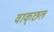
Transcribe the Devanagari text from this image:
वाक्‌छल